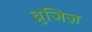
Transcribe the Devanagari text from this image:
ब्रुजिज़